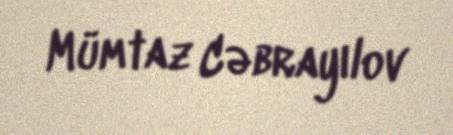
Mümtaz Cəbrayılov